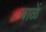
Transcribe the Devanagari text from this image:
बाळें